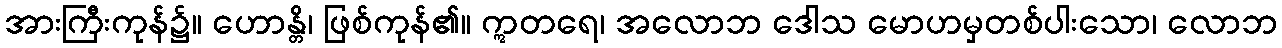
အားကြီးကုန်၌။ ဟောန္တိ၊ ဖြစ်ကုန်၏။ ဣတရေ၊ အလောဘ ဒေါသ မောဟမှတစ်ပါးသော၊ လောဘ